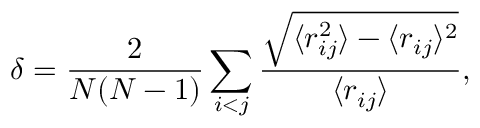
\delta = \frac { 2 } { N ( N - 1 ) } \sum _ { i < j } \frac { \sqrt { \langle { r _ { i j } ^ { 2 } } \rangle - \langle { r _ { i j } } \rangle ^ { 2 } } } { \langle { r _ { i j } } \rangle } ,